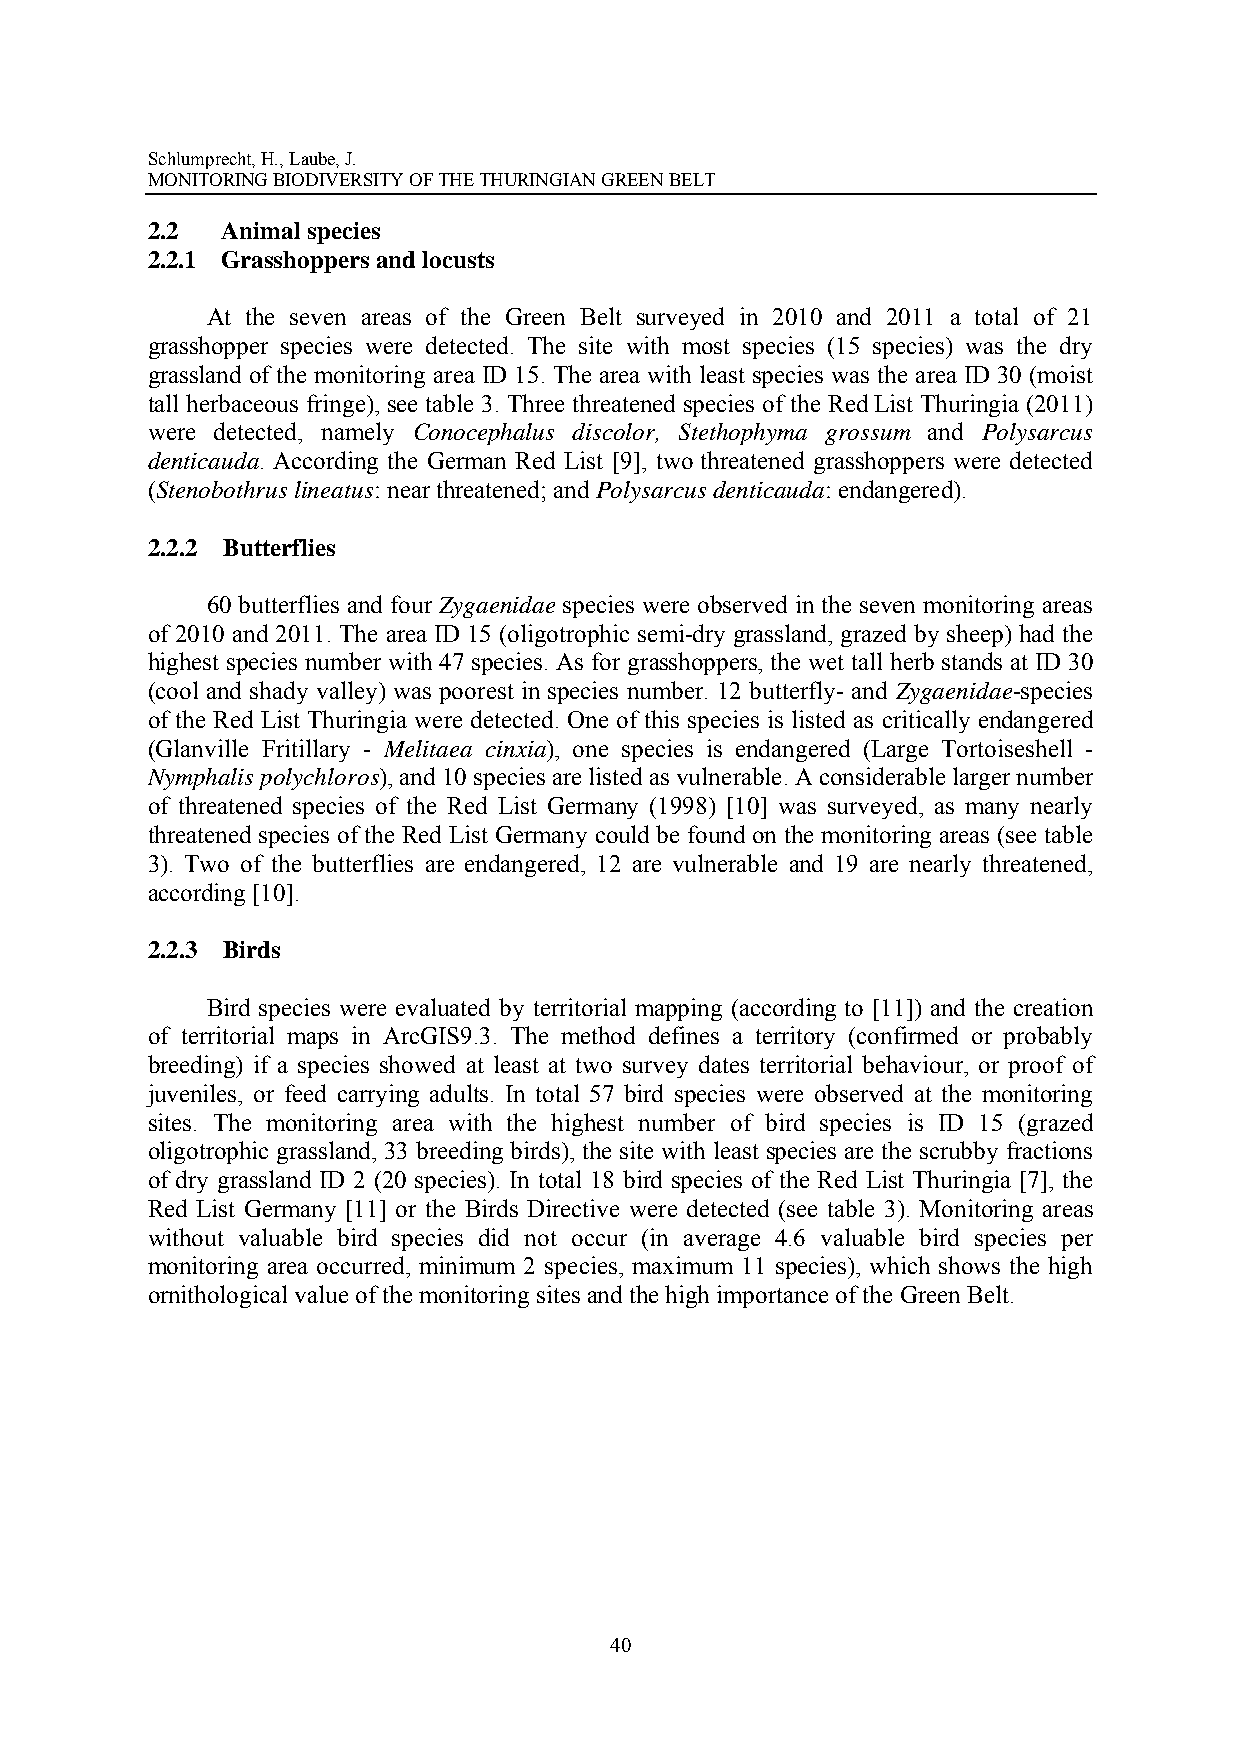
Schlumprecht, H., Laube, J.
 MONITORING BIODIVERSITY OF THE THURINGIAN GREEN BELT
 2.2  Animal species
 2.2.1 Grasshoppers and locusts
 At the seven areas of the Green Belt surveyed in 2010 and 2011 a total of 21
 grasshopper species were detected. The site with most species (15 species) was the dry
 grassland of the monitoring area ID 15. The area with least species was the area ID 30 (moist
 tall herbaceous fringe), see table 3. Three threatened species of the Red List Thuringia (2011)
 were detected, namely Conocephalus discolor, Stethophyma grossum and Polysarcus
 denticauda. According the German Red List [9], two threatened grasshoppers were detected
 (Stenobothrus lineatus: near threatened; and Polysarcus denticauda: endangered).
 2.2.2 Butterflies
 60 butterflies and four Zygaenidae species were observed in the seven monitoring areas
 of 2010 and 2011. The area ID 15 (oligotrophic semi-dry grassland, grazed by sheep) had the
 highest species number with 47 species. As for grasshoppers, the wet tall herb stands at ID 30
 (cool and shady valley) was poorest in species number. 12 butterfly- and Zygaenidae-species
 of the Red List Thuringia were detected. One of this species is listed as critically endangered
 (Glanville Fritillary - Melitaea cinxia), one species is endangered (Large Tortoiseshell -
 Nymphalis polychloros), and 10 species are listed as vulnerable. A considerable larger number
 of threatened species of the Red List Germany (1998) [10] was surveyed, as many nearly
 threatened species of the Red List Germany could be found on the monitoring areas (see table
 3). Two of the butterflies are endangered, 12 are vulnerable and 19 are nearly threatened,
 according [10].
 2.2.3 Birds
 Bird species were evaluated by territorial mapping (according to [11]) and the creation
 of territorial maps in ArcGIS9.3. The method defines a territory (confirmed or probably
 breeding) if a species showed at least at two survey dates territorial behaviour, or proof of
 juveniles, or feed carrying adults. In total 57 bird species were observed at the monitoring
 sites. The monitoring area with the highest number of bird species is ID 15 (grazed
 oligotrophic grassland, 33 breeding birds), the site with least species are the scrubby fractions
 of dry grassland ID 2 (20 species). In total 18 bird species of the Red List Thuringia [7], the
 Red List Germany [11] or the Birds Directive were detected (see table 3). Monitoring areas
 without valuable bird species did not occur (in average 4.6 valuable bird species per
 monitoring area occurred, minimum 2 species, maximum 11 species), which shows the high
 ornithological value of the monitoring sites and the high importance of the Green Belt.
 40